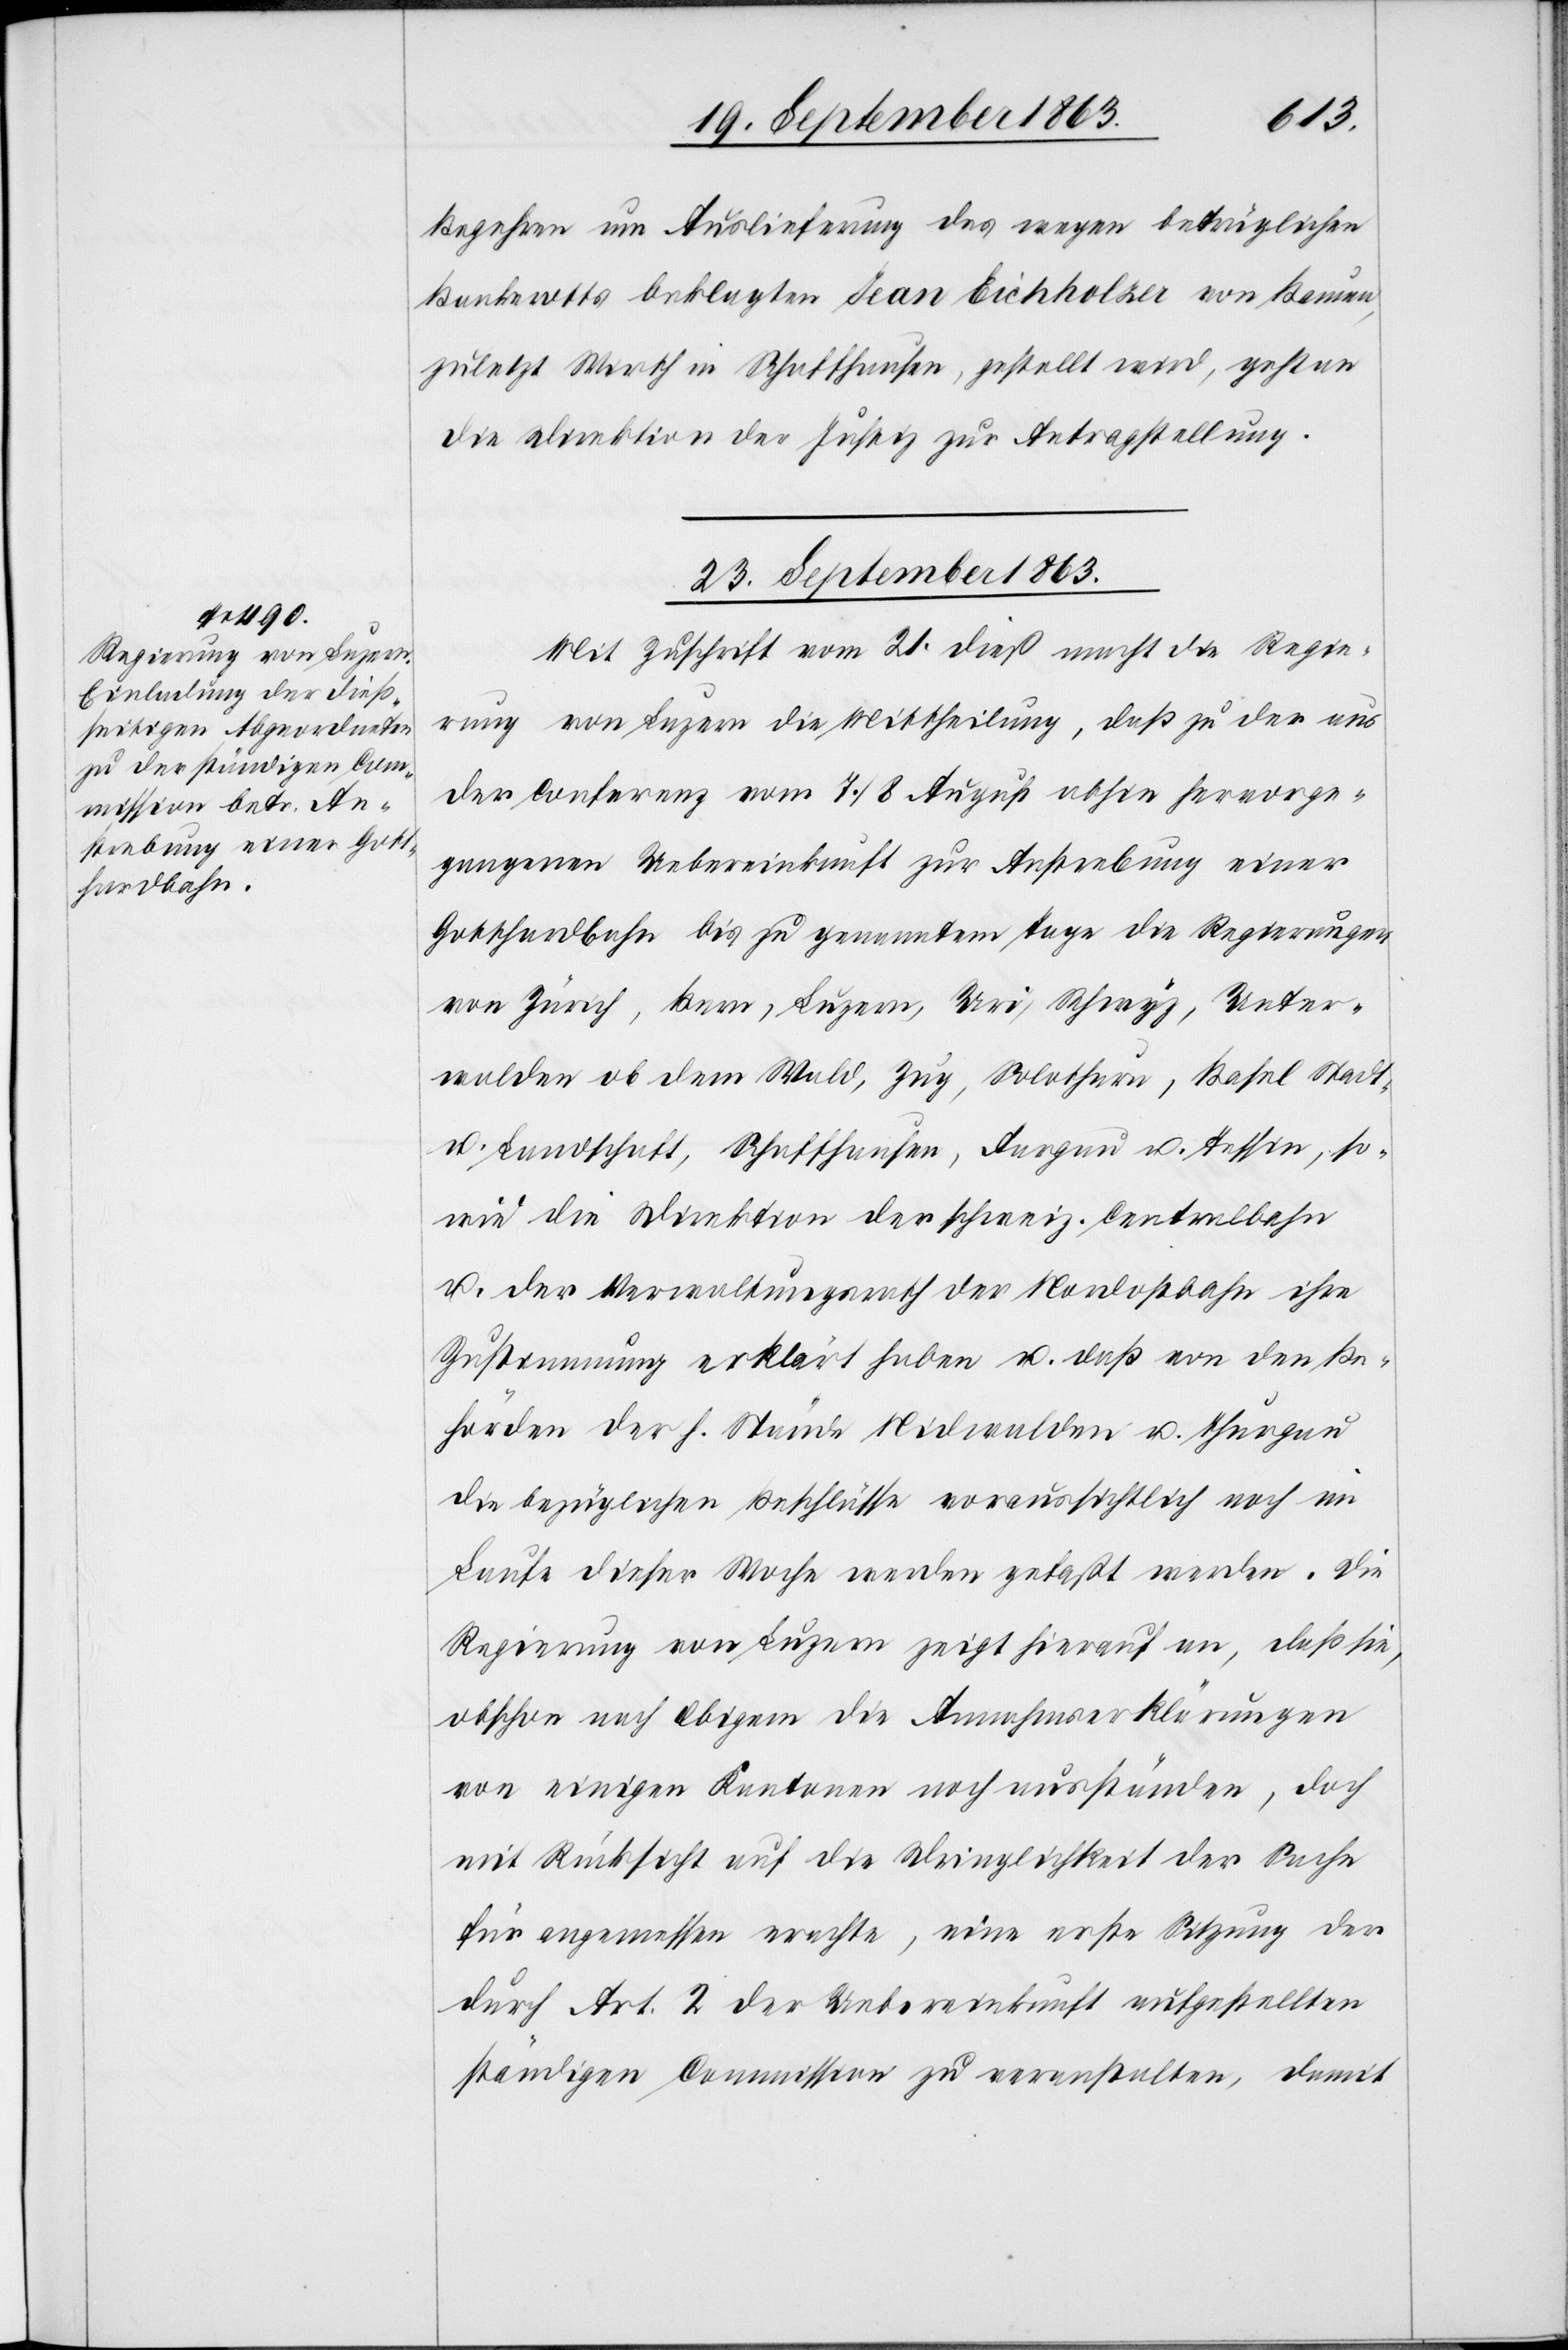
Begehren um Auslieferung des wegen betrüglichen
zuletzt Wirth in Schaffhausen, gestellt wird, geht an
die Direktion der Justiz zur Antragstellung.
23. September 1863.
Mit Zuschrift vom 21. dieß macht die Regie¬
rung von Luzern die Mittheilung, daß zu der aus
der Conferenz vom 7./8. August abhin hervorge¬
gangenen Uebereinkunft zur Anstrebung einer
Gotthardbahn bis zu genanntem Tage die Regierungen
von Zürich, Bern, Luzern, Uri, Schwyz, Unter¬
walden ob dem Wald, Zug, Solothurn, Basel Stadt-
u. Landschaft, Schaffhausen, Aargau u. Tessin, so¬
wie die Direktion der schweiz. Centralbahn
u. der Verwaltungsrath der Nordostbahn ihre
Zustimmung erklärt haben u. daß von den Be¬
hörden der h. Stände Nidwalden u. Thurgau
die bezüglichen Beschlüsse voraussichtlich noch im
Laufe dieser Woche werden gefaßt werden. Die
Regierung von Luzern zeigt hierauf an, daß sie,
obschon nach Obigem die Annahmserklärungen
von einigen Kantonen noch ausständen, doch
mit Rücksicht auf die Dringlichkeit der Sache
für angemessen erachte, eine erste Sitzung der
durch Art. 2 der Uebereinkunft aufgestellten
ständigen Commission zu veranstalten, damit